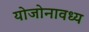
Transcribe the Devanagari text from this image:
योजोनावध्य